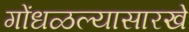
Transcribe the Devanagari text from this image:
गोंधळल्यासारखे